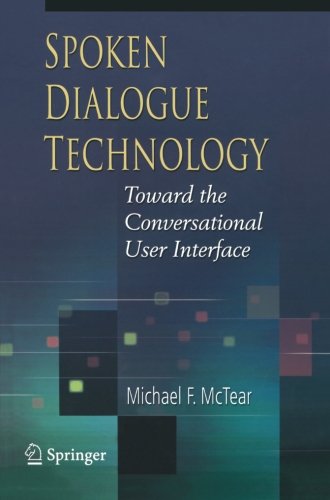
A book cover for Spoken Dialogue Technology; Michael F. McTear; Computers & Technology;